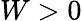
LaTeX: W>0